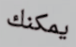
يمكنك